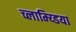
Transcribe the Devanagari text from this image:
च्लाम्य्डिया